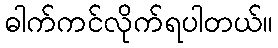
ဓါက်ကင်လိုက်ရပါတယ်။